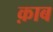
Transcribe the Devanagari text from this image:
क़ाब